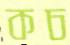
কচ